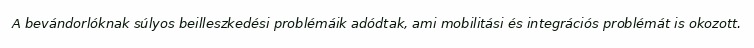
A bevándorlóknak súlyos beilleszkedési problémáik adódtak, ami mobilitási és integrációs problémát is okozott.